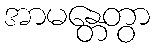
အာမန္တေတွာ